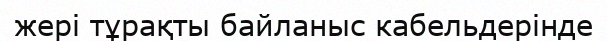
жері тұрақты байланыс кабельдерінде